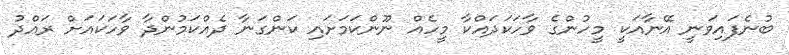
ބުނެފައިވަނީ އޭނާއަކީ މީހުންގެ ވާހަކަދައްކާ މީހެއް ނޫންކަމަށައި ކަންގަނާ ދެއްކަމުންދާ ވާހަކައަށް ރައްދު